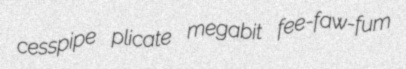
cesspipe plicate megabit fee-faw-fum